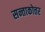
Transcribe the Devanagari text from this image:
सन्ताकोत्तर